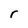
Character: r